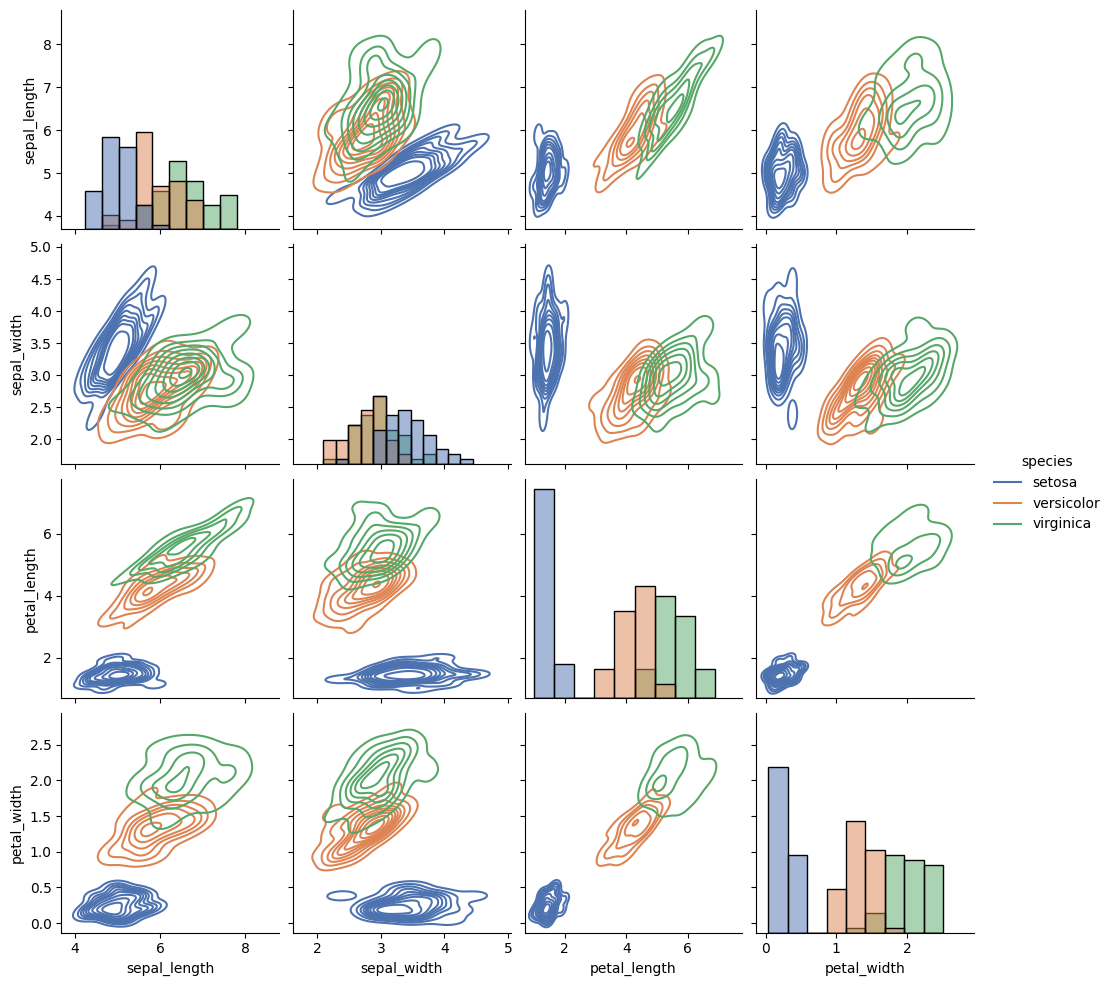
python, seaborn, pairplot, palette='deep', markers=['o', 's', 'D'], kind='kde', diag_kind='hist'